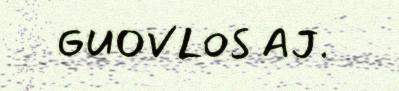
GUOVLOS AJ.